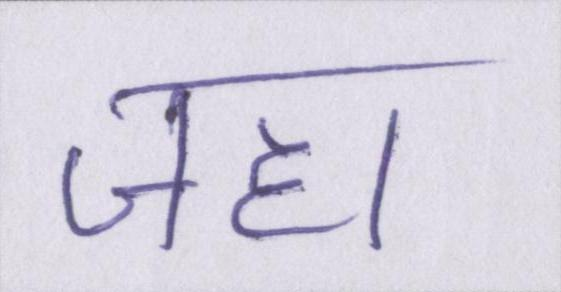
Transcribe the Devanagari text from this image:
जहा